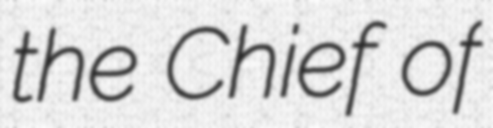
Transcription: the Chief of